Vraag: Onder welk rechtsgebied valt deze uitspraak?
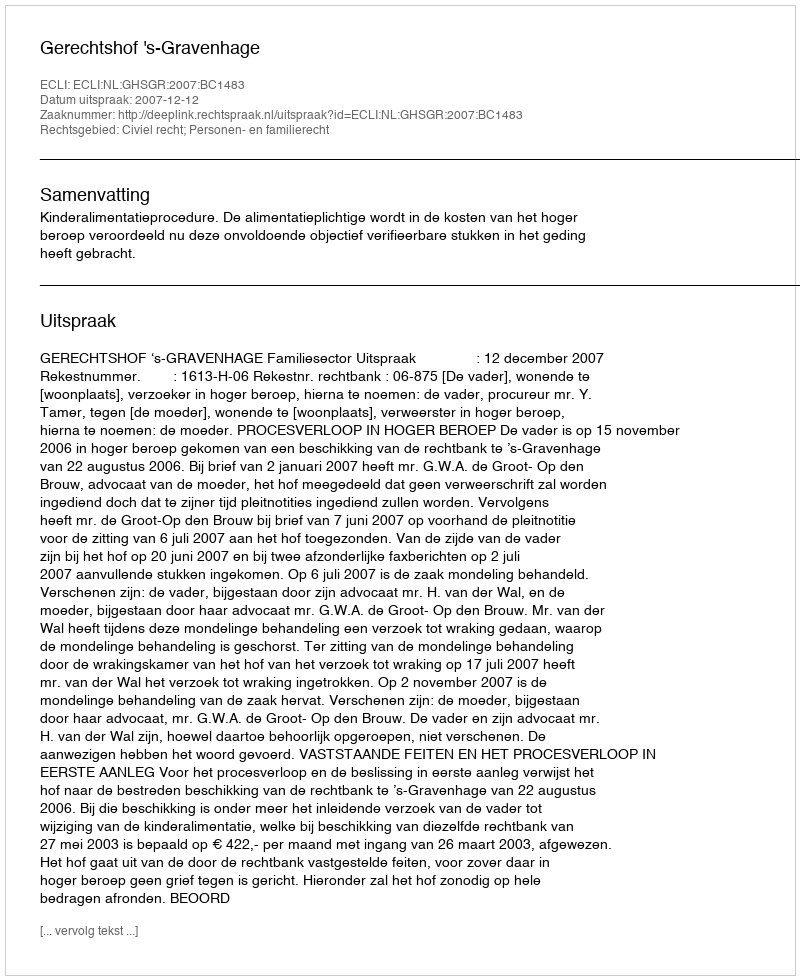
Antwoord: Civiel recht; Personen- en familierecht